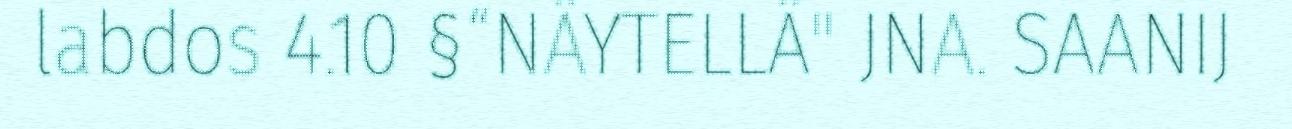
labdos 4.10 §“NÄYTELLÄ" JNA. SAANIJ